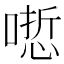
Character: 𠻯